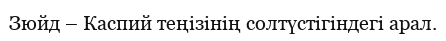
Зюйд – Каспий теңізінің солтүстігіндегі арал.